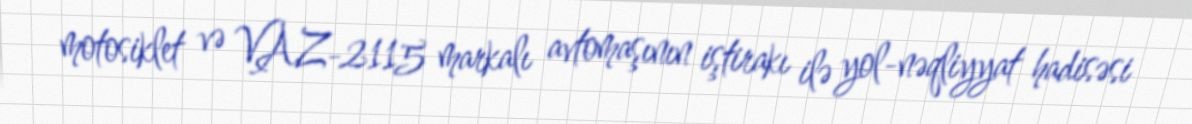
motosiklet və VAZ-2115 markalı avtomaşının iştirakı ilə yol-nəqliyyat hadisəsi